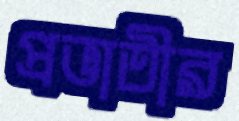
প্রভাতীর